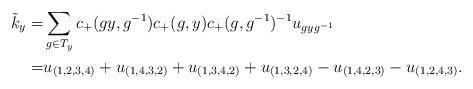
LaTeX: \begin{align*} \tilde k_{y} =& \sum_{g\in T_y}c_+(gy,g^{-1})c_+(g,y)c_+(g,g^{-1})^{-1}u_{gyg^{-1}}\\ =& u_{(1,2,3,4)}+ u_{(1,4,3,2)}+ u_{(1,3,4,2)} +u_{(1,3,2,4)}-u_{(1,4,2,3)}-u_{(1,2,4,3)}. \end{align*}